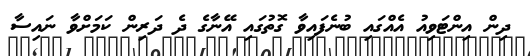
ދިން އިންޓަވިއު އެއްގައި ބުނެފައިވާ ގޮތުގައި އޭނާގެ ދެ ދަރިން ކަމަށްވާ ނައިސާ